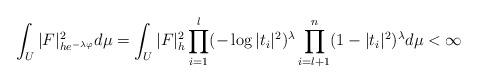
LaTeX: \begin{align*}\int_U|F|_{he^{-\lambda \varphi}}^2 d\mu=\int_U|F|_h^2\prod_{i=1}^l(-\log |t_i|^2)^{\lambda}\prod_{i=l+1}^n(1-|t_i|^2)^{\lambda} d\mu< \infty\end{align*}